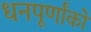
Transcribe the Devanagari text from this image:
धनपूर्णांकों